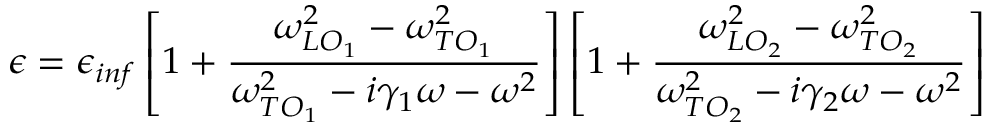
\epsilon = \epsilon _ { i n f } \left[ 1 + \frac { \omega _ { L O _ { 1 } } ^ { 2 } - \omega _ { T O _ { 1 } } ^ { 2 } } { \omega _ { T O _ { 1 } } ^ { 2 } - i \gamma _ { 1 } \omega - \omega ^ { 2 } } \right] \left[ 1 + \frac { \omega _ { L O _ { 2 } } ^ { 2 } - \omega _ { T O _ { 2 } } ^ { 2 } } { \omega _ { T O _ { 2 } } ^ { 2 } - i \gamma _ { 2 } \omega - \omega ^ { 2 } } \right]